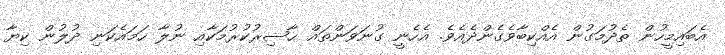
އެބައިމީހުން ތެދުމަގުން އެއްކިބާވެގެންދެއެވެ. އެހެނީ ގުނަވަންތައް ޙާޟިރުކުރުމަކާއި ނުލާ ހަމައެކަނި ދުލުން ކިޔާ